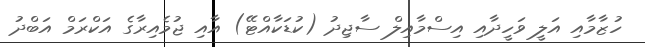
ހުޒާމާއި އަލީ ވަހީދާއި އިސްމާއިލް ސާޖިދު (ކުޑަކާއްޓޭ) އާއި ޖުމެއިރާގެ އަކްރަމް އަބްދު